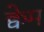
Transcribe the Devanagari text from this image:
क्वेम